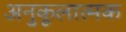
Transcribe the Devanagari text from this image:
अनुकूलात्मक